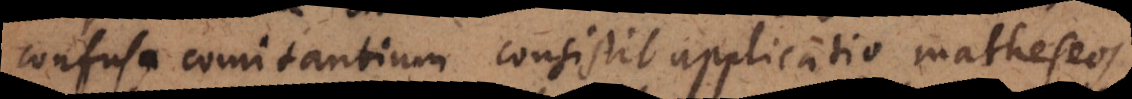
confusa comitantium consistit applicatio matheseos